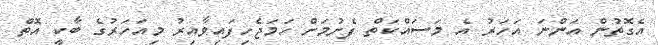
އެގޮތުން އަންނަ އަހަރު އެ މަސައްކަތް ފެށުމަށް ހަމަޖެހިފައިވާއިރު މިއަހަރުގެ ބާކީ އޮތް